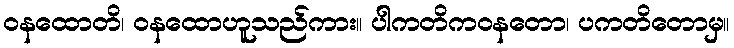
ဝနထောတိ၊ ဝနထောဟူသည်ကား။ ပါကတိကဝနတော၊ ပကတိတောမှ။